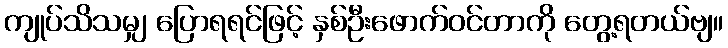
ကျုပ်သိသမျှ ပြောရရင်ဖြင့် နှစ်ဦးဖောက်ဝင်တာကို တွေ့ရတယ်ဗျ။